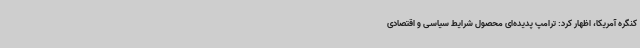
کنگره آمریکا، اظهار کرد: ترامپ پدیده‌ای محصول شرایط سیاسی و اقتصادی